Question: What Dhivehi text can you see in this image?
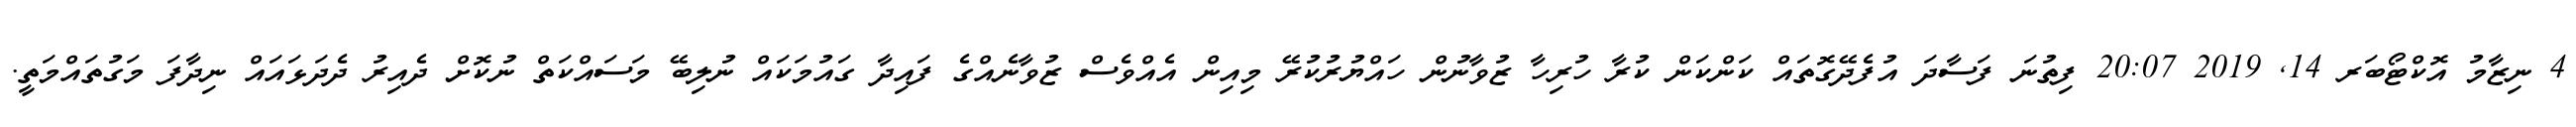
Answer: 4 ނިޒާމު އޮކްޓޯބަރ 14, 2019 20:07 ފިތުނަ ފަސާދަ އުފެދޭގޮތައް ކަންކަން ކުރާ ހުރިހާ ޒުވާނުން ހައްޔުރުކުރޭ މިއިން އެއްވެސް ޒުވާނެއްގެ ފައިދާ ގައުމަކައް ނުލިބޭ މަސައްކަތް ނުކޮށް ދެއިރު ދެދަޅައައް ނިދާފަ މަގުތައްމަތީ.